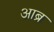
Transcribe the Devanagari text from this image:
आब्र